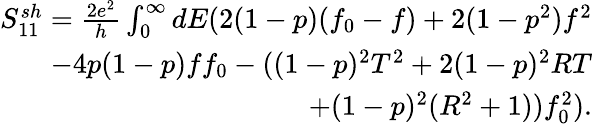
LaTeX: \begin{array}{r}{S_{11}^{sh}=\frac{2e^{2}}{h}\int_{0}^{\infty}dE(2(1-p)(f_{0}-f)+2(1-p^{2})f^{2}}\\ {-4p(1-p)ff_{0}-((1-p)^{2}T^{2}+2(1-p)^{2}RT}\\ {+(1-p)^{2}(R^{2}+1))f_{0}^{2}).}\end{array}